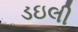
ડઇલી